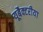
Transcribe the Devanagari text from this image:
यूबैक्टरीया